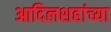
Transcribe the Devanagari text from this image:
आदिलशहांच्या